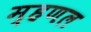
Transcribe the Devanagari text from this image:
म्हणल